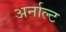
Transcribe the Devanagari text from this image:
अर्नाल्ट